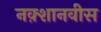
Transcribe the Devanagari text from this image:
नक़्शानवीस